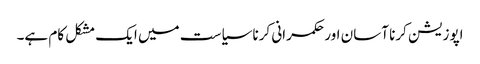
اپوزیشن کرنا آسان اور حکمرانی کرنا سیاست میں ایک مشکل کام ہے۔